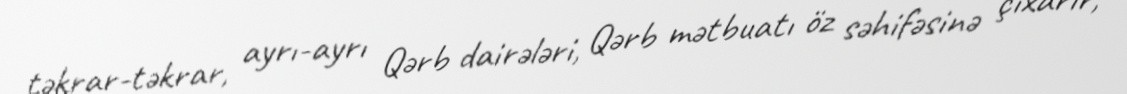
təkrar-təkrar, ayrı-ayrı Qərb dairələri, Qərb mətbuatı öz səhifəsinə çıxarır,